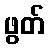
ဖွတ်